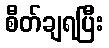
စီတ်ချရပြီး